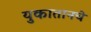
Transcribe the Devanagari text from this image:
युकातानचे